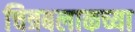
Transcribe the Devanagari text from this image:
चित्रबलाकच्या